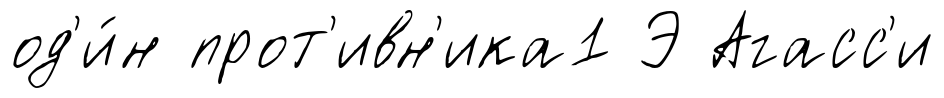
од'и́н прот'ивн'ика1 Э Агасс'и